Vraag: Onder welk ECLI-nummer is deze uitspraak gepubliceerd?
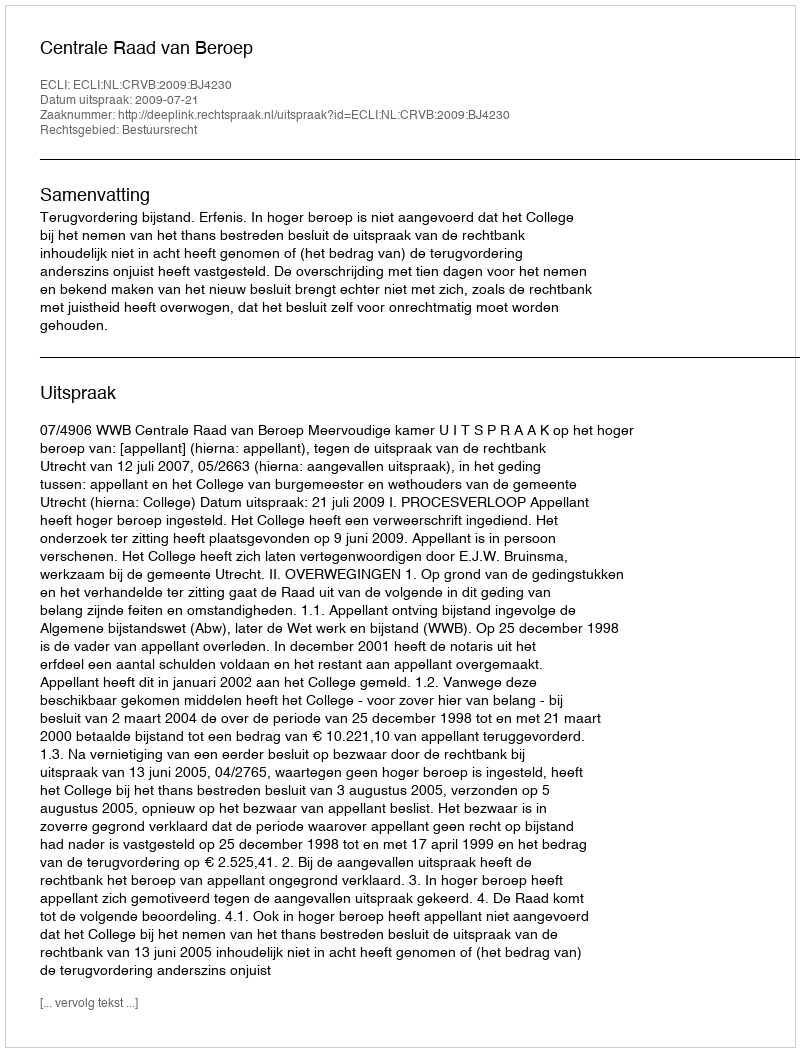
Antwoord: ECLI:NL:CRVB:2009:BJ4230